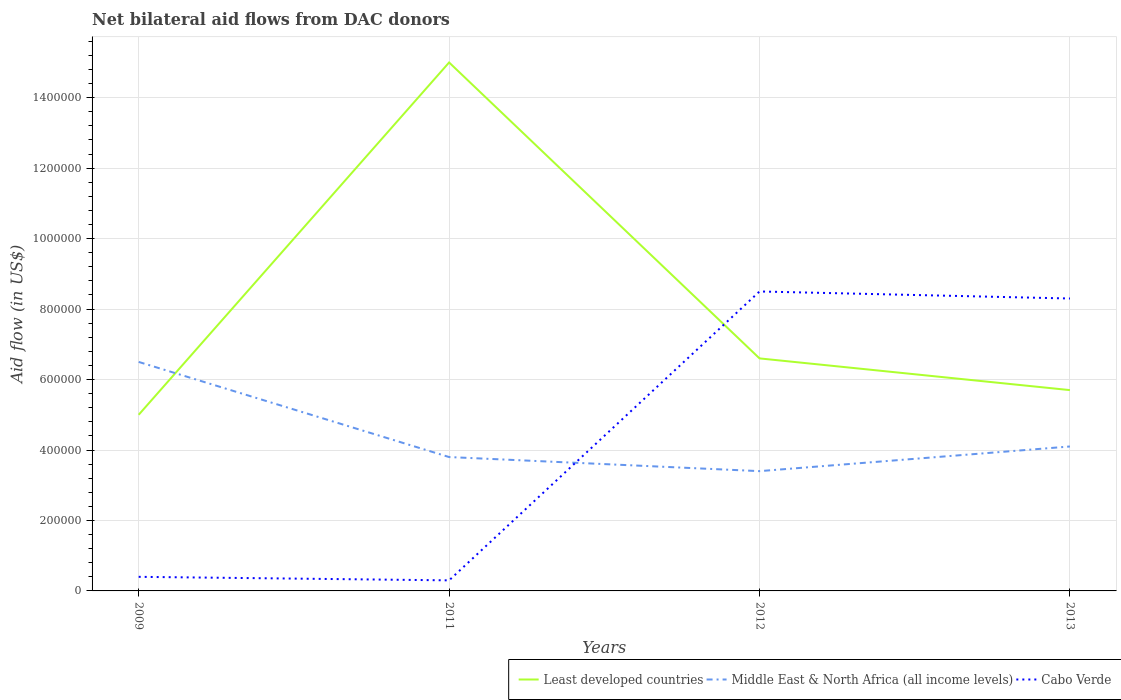
| Years | Least developed countries | Middle East & North Africa (all income levels) | Cabo Verde |
 | --- | --- | --- | --- |
 | 2009 | 5e+05 | 6.5e+05 | 4e+04 |
 | 2011 | 1.5e+06 | 3.8e+05 | 3e+04 |
 | 2012 | 6.6e+05 | 3.4e+05 | 8.5e+05 |
 | 2013 | 5.7e+05 | 4.1e+05 | 8.3e+05 |